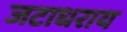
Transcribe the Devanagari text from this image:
जटाधराय